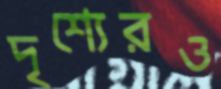
দৃশ্যেরও